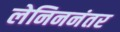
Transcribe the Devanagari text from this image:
लेनिननंतर